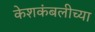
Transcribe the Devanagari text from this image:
केशकंबलीच्या